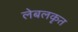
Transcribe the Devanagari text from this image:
लेबलकृत